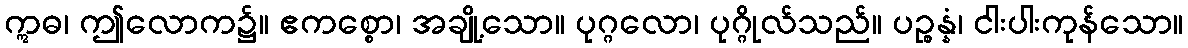
ဣဓ၊ ဤလောက၌။ ဧကစ္စော၊ အချို့သော။ ပုဂ္ဂလော၊ ပုဂ္ဂိုလ်သည်။ ပဉ္စန္နံ၊ ငါးပါးကုန်သော။